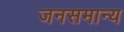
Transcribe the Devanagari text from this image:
जनसमान्य